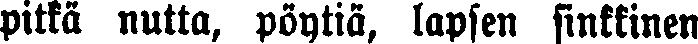
pitkä nutta, pöytiä, lapsen sinkkinen